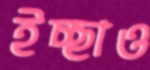
ইচ্ছাও